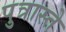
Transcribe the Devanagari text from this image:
पुत्रास्ते